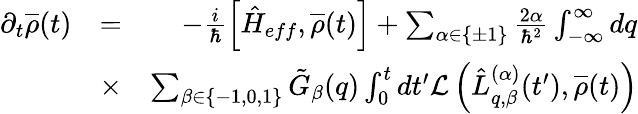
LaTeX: \begin{array}{rlr}{\partial_{t}\overline{{\rho}}(t)}&{=}&{-\frac{i}{\hbar}\left[\hat{H}_{eff},\overline{{\rho}}(t)\right]+\sum_{\alpha\in\{ \pm 1\} }\frac{2\alpha}{\hbar^{2}}\int_{-\infty}^{\infty}dq}\\ &{\times}&{\sum_{\beta\in\{ -1,0,1\} }\tilde{G}_{\beta}(q)\int_{0}^{t}dt^{\prime}\mathcal{L}\left(\hat{L}_{q,\beta}^{(\alpha)}(t^{\prime}),\overline{{\rho}}(t)\right)}\end{array}